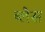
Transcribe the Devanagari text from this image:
ब्लैस